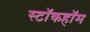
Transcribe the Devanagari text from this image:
स्टॉकहॉम